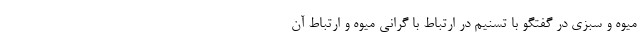
میوه و سبزی در گفتگو با تسنیم در ارتباط با گرانی میوه و ارتباط آن